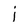
Character: j